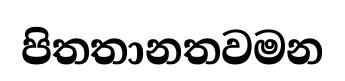
පිතතානතවමන